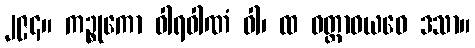
၂၉၄။ ကဉ္စုကော ဝါရဝါဏံ ဝါ၊ ထ ဝတ္ထာဝယဝေ ဒသာ။